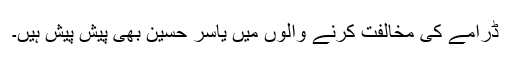
ڈرامے کی مخالفت کرنے والوں میں یاسر حسین بھی پیش پیش ہیں۔